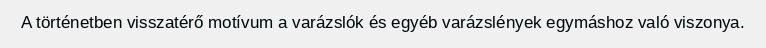
A történetben visszatérő motívum a varázslók és egyéb varázslények egymáshoz való viszonya.